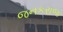
જનકરાજ